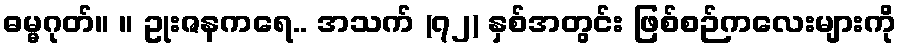
ဓမ္မဂုတ်။ ။ ဥုးဇနကရေ.. အသက် (၇၂) နှစ်အတွင်း ဖြစ်စဉ်ကလေးများကို